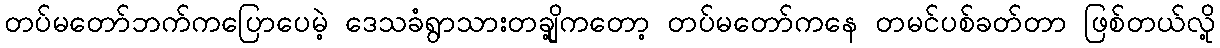
တပ်မတော်ဘက်ကပြောပေမဲ့ ဒေသခံရွာသားတချို့ကတော့ တပ်မတော်ကနေ တမင်ပစ်ခတ်တာ ဖြစ်တယ်လို့